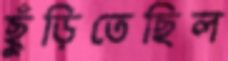
ছুঁড়িতেছিল